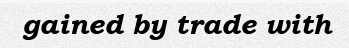
gained by trade with